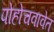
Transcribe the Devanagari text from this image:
पोहोचवावेत